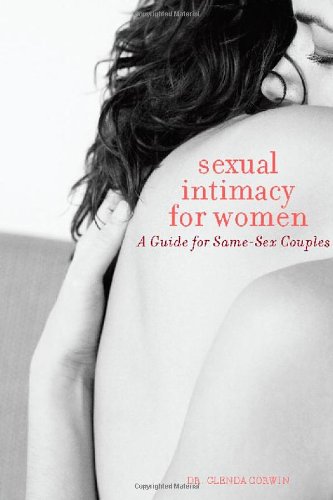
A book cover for Sexual Intimacy for Women: A Guide for Same-Sex Couples; Ph.D. Glenda Corwin; Gay & Lesbian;